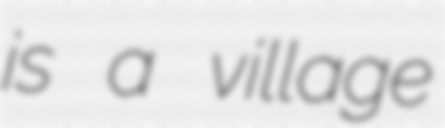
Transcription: is a village